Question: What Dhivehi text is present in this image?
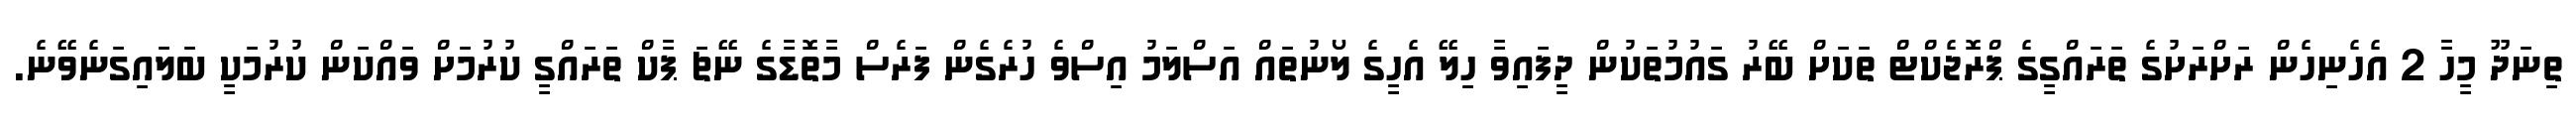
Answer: ތިނަދޫ މީހާ 2 އެހެނިހެން ރަށްރަށުގެ ތަރައްގީގެ ޕްރޮޖެކްޓް ތަކަށް ބޭރު ގައުމުތަކުން ދީފައިވާ ހިލޭ އެހީގެ ލޯނުތައް އަސްލަމު އިސްވެ ހުރެގެން ފަރެސް މާތޮޑާގެ ނޭޗަ ޕާކް ތަރައްގީ ކުރުމަށް ވައްކަން ކުރުމަކީ ބަލައިގަނެވޭނެ.